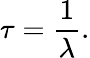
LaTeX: \tau={\frac{1}{\lambda}}.